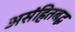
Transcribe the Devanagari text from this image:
असंहितबद्ध